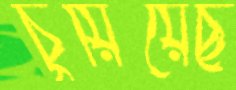
চুয়িয়েছ